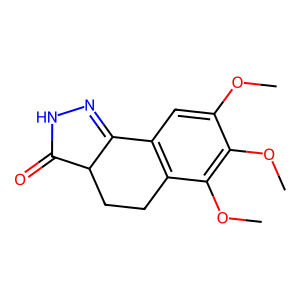
SMILES: COc1cc2c(c(OC)c1OC)CCC1C(=O)NN=C21
Inhibits HIV replication: No